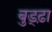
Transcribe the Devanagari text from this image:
बुड्ढ़ा